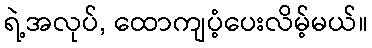
ရဲ့အလုပ်, ထောကျပံ့ပေးလိမ့်မယ်။